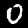
Digit: 0